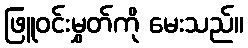
ဖြူဝင်းမွှတ်ကို မေးသည်။